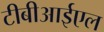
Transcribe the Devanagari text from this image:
टीबीआईएल